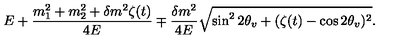
E + \frac { m _ { 1 } ^ { 2 } + m _ { 2 } ^ { 2 } + \delta m ^ { 2 } \zeta ( t ) } { 4 E } \mp \frac { \delta m ^ { 2 } } { 4 E } \sqrt { \sin ^ { 2 } { 2 \theta _ { v } } + ( \zeta ( t ) - \cos { 2 \theta _ { v } } ) ^ { 2 } } .